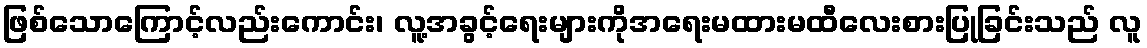
ဖြစ်သောကြောင့်လည်းကောင်း၊ လူ့အခွင့်ရေးများကိုအရေးမထားမထီလေးစားပြုခြင်းသည် လူ